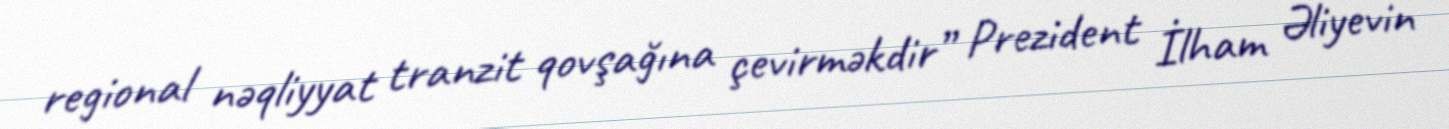
regional nəqliyyat tranzit qovşağına çevirməkdir” Prezident İlham Əliyevin